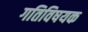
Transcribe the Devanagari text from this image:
गतिविषयक